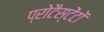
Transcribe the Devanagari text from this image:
प्रोटैस्टेंटों